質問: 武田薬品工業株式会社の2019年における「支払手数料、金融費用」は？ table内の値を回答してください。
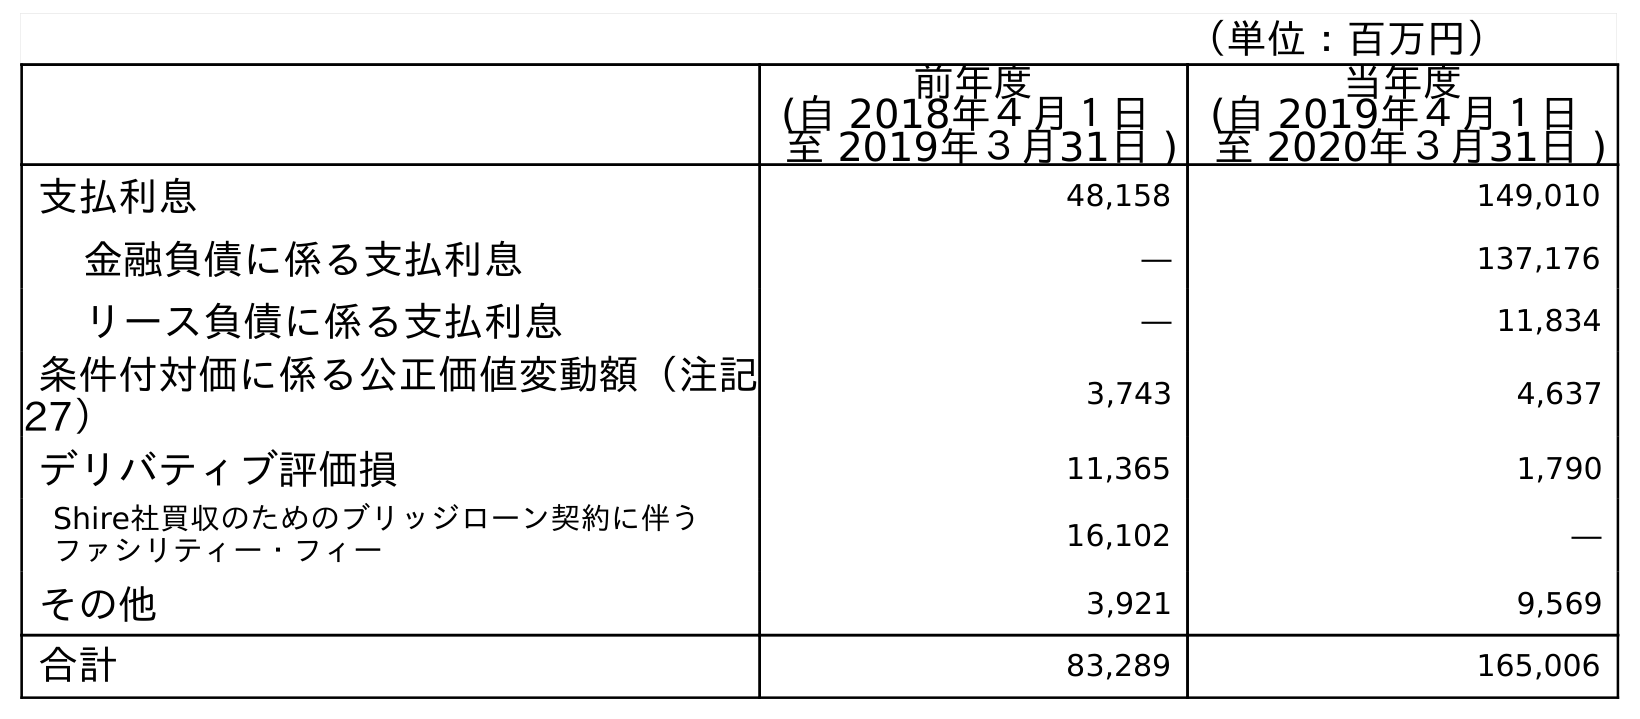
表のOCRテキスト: （単位：百万円） 前年度 (自 2018年４月１日 至 2019年３月31日 ) 当年度 (自 2019年４月１日 至 2020年３月31日 ) 支払利息 48,158 149,010 金融負債に係る支払利息 ― 137,176 リース負債に係る支払利息 ― 11,834 条件付対価に係る公正価値変動額（注記 27） 3,743 4,637 デリバティブ評価損 11,365 1,790 Shire社買収のためのブリッジローン契約に伴う ファシリティー・フィー 16,102 ― その他 3,921 9,569 合計 83,289 165,006
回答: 16,102